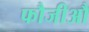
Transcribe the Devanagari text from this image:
फौजीऔ